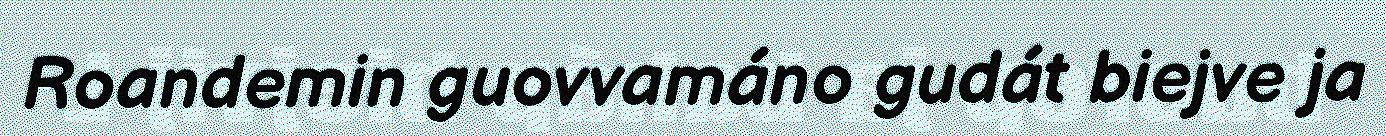
Roandemin guovvamáno gudát biejve ja